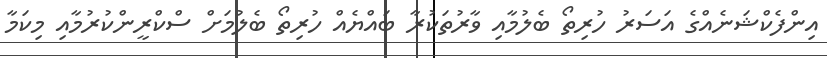
އިންފެކްޝަނެއްގެ އަސަރު ހުރިތޯ ބެލުމާއި ވާރުތަކުރާ ބައްޔެއް ހުރިތޯ ބެލުމަށް ސްކްރީންކުރުމާއި މިކަމާ